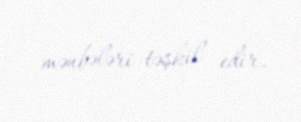
mənbələri təşkil edir.